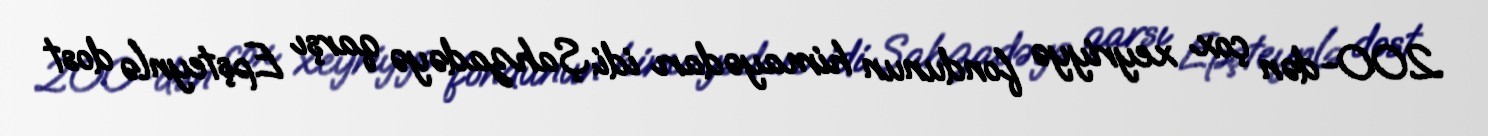
200-dən çox xeyriyyə fondunun himayədarı idi. Şahzadəyə qarşı Epşteynlə dost